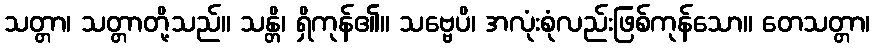
သတ္တာ၊ သတ္တာတို့သည်။ သန္တိ၊ ရှိကုန်၏။ သဗ္ဗေပိ၊ အလုံးစုံလည်းဖြစ်ကုန်သော။ တေသတ္တာ၊